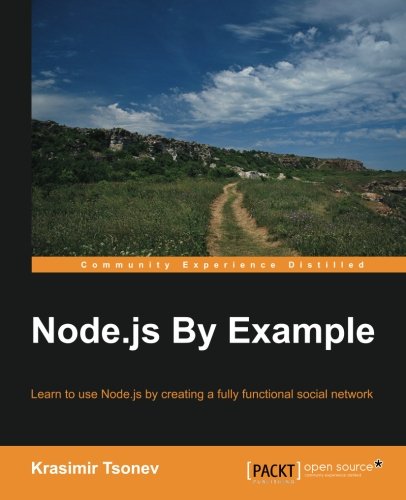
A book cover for Node.js By Example; Krasimir Tsonev; Computers & Technology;